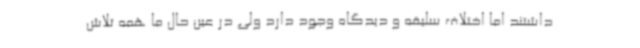
داشتند اما اختلاف سلیقه و دیدگاه وجود دارد ولی در عین حال ما همه تلاش